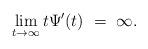
LaTeX: \begin{align*}\lim\limits_{t \rightarrow \infty}t\Psi'(t)\ =\ \infty. \end{align*}